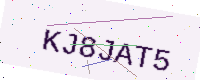
Text: KJ8JAT5